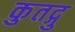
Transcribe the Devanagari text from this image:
कुतद्गु